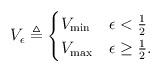
LaTeX: \begin{align*} V_{\epsilon} \triangleq \begin{cases} V_{\min} & \epsilon < \frac 1 2 \\ V_{\max} & \epsilon \geq \frac 1 2.\end{cases} \end{align*}